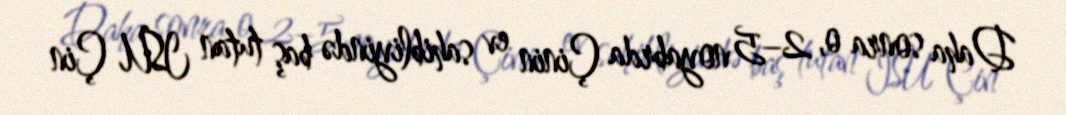
Daha sonra o, 2–5 noyabrda Çinin ev sahibliyində baş tutan ISU Çin